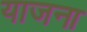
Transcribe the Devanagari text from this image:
याजना